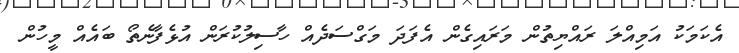
އެކަމަކު އަމިއްލަ ރައްޔިތުން މަރައިގެން އެފަދަ މަގްސަދެއް ހާސިލުކުރަން އުޅެފާނެތޯ ބައެއް މީހުން